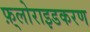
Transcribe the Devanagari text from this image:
फ़्लोराइडकरण